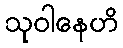
သုဝါနေဟိ